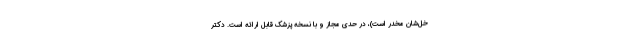
خل‌شان مخدر است)، در حدی مجاز و با نسخه پزشک قابل ارائه است. دکتر